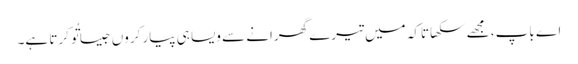
اے باپ، مجھے سکھا تاکہ میں تیرے گھرانے سے ویسا ہی پیار کروں جیسا تُو کرتا ہے۔